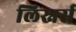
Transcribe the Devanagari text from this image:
लिस्नर्स